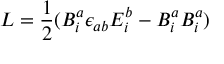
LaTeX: { \cal L } = \frac { 1 } { 2 } ( B _ { i } ^ { a } \epsilon _ { a b } E _ { i } ^ { b } - B _ { i } ^ { a } B _ { i } ^ { a } )